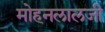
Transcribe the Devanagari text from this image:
मोहनलालजी